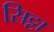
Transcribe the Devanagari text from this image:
सिट्टा